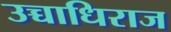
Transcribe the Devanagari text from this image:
उच्चाधिराज